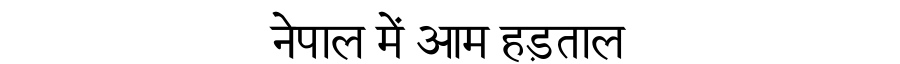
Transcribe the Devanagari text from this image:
नेपाल में आम हड़ताल